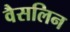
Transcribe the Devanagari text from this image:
वैसलिन